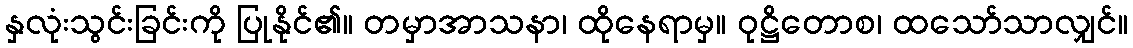
နှလုံးသွင်းခြင်းကို ပြုနိုင်၏။ တမှာအာသနာ၊ ထိုနေရာမှ။ ဝုဋ္ဌိတောစ၊ ထသော်သာလျှင်။